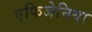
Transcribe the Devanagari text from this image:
एफिजेनिया